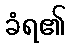
ခံရ၏